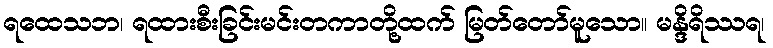
ရထေသဘ၊ ရထားစီးခြင်းမင်းတကာတို့ထက် မြတ်တော်မူသော။ မန္ဒိရိဿရ၊